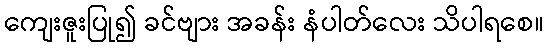
ကျေးဇူးပြု၍ ခင်ဗျား အခန်း နံပါတ်လေး သိပါရစေ။